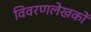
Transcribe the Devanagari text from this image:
विवरणलेखकों